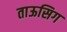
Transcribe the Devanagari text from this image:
ताऊसिग